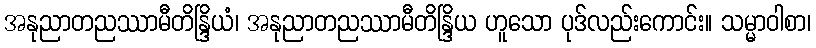
အနုညာတညဿာမီတိန္ဒြိယံ၊ အနုညာတညဿာမီတိန္ဒြိယ ဟူသော ပုဒ်လည်းကောင်း။ သမ္မာဝါစာ၊